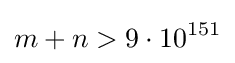
m+n>9\cdot 10^{151}